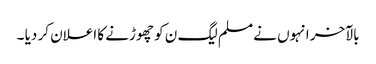
بالآخر انہوں نے مسلم لیگ ن کو چھوڑنے کا اعلان کر دیا ۔